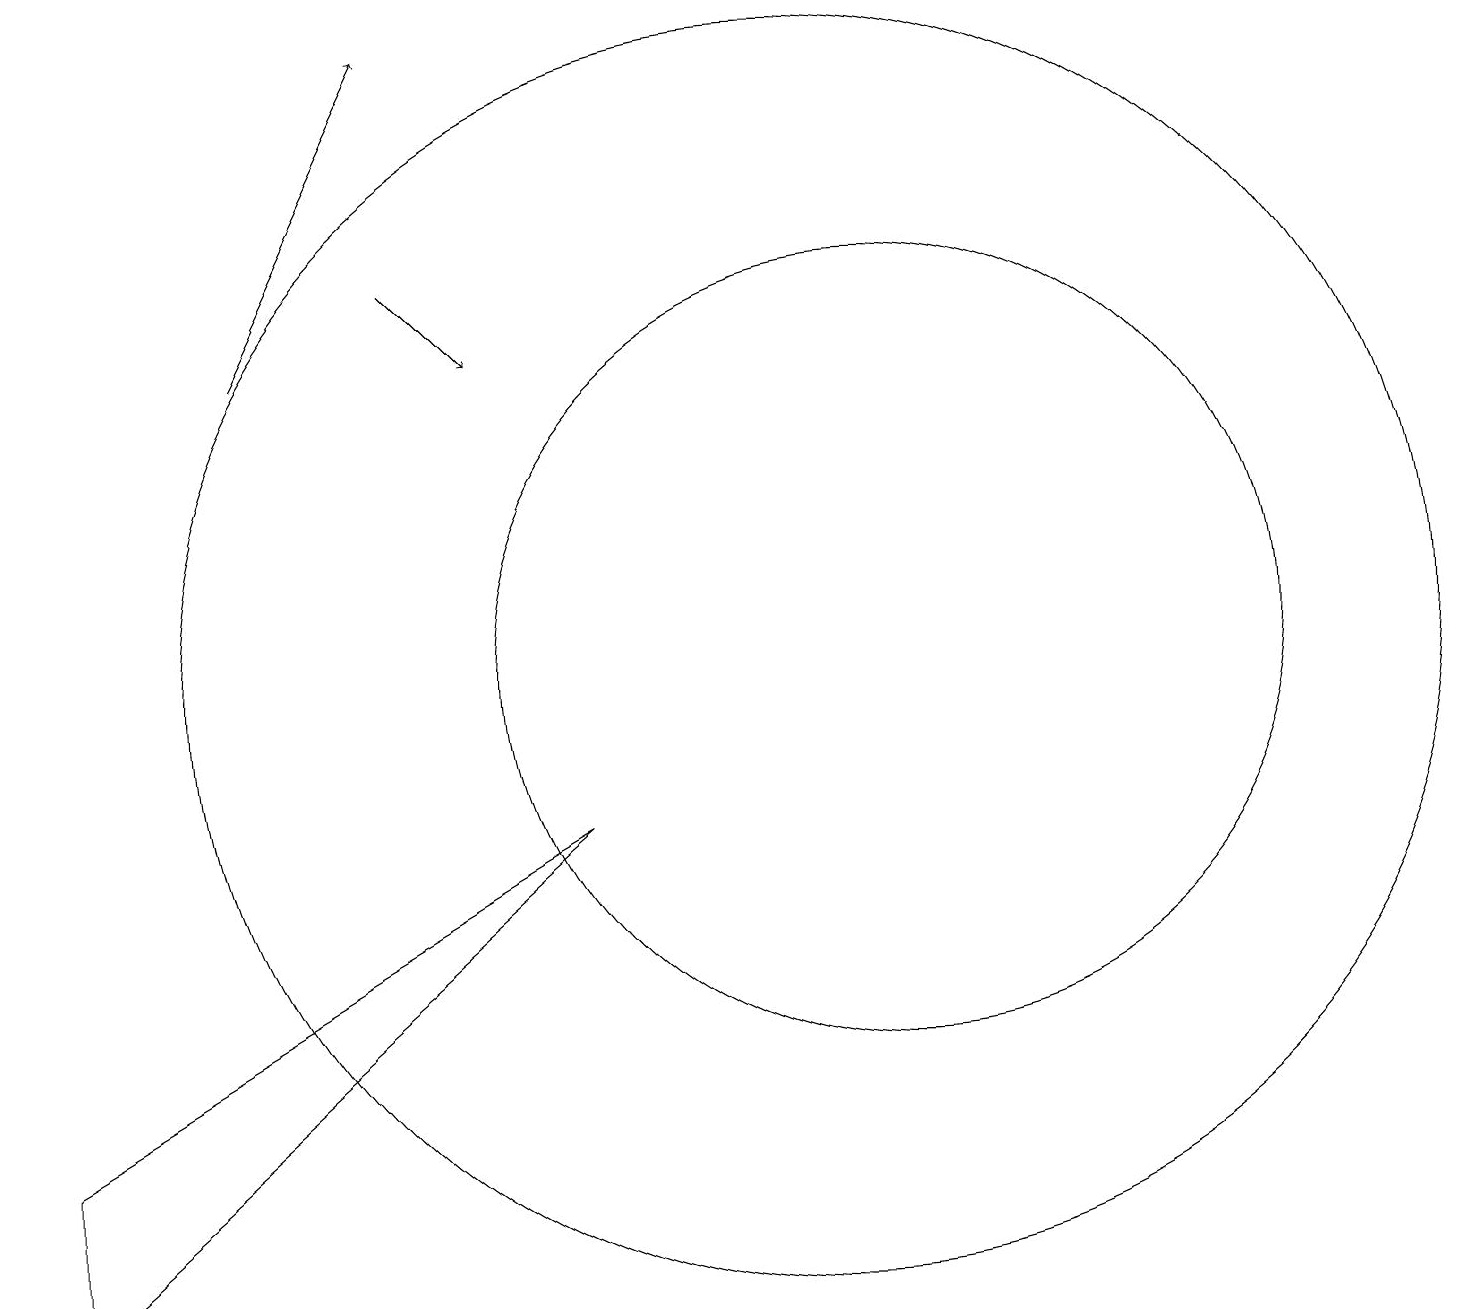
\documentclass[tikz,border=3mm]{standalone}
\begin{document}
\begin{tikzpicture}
\draw (0,5) -- (7,9) -- (0,3) -- cycle;
\draw (10,11) circle (8);
\draw[->] (5,16) -- (6,15);
\draw[->] (3,15) -- (5,19);
\draw (11,11) circle (5);
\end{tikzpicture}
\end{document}